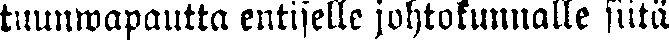
tuunwapautta entiselle johtokunnalle siitä